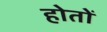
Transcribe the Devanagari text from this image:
होतों